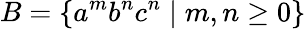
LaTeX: B=\{ a^{m}b^{n}c^{n}\mid m,n\geq 0\}